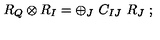
R _ { Q } \otimes R _ { I } = \oplus _ { J } \ C _ { I J } \ R _ { J } \ ;